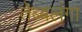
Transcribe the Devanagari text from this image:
तेब्बलंगा